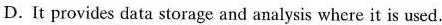
D.It provides data storage and analysis where it is used.